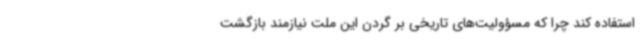
استفاده کند چرا که مسؤولیت‌های تاریخی بر گردن این ملت نیازمند بازگشت